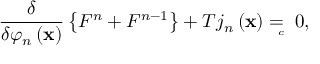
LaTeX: \frac \delta { \delta \varphi _ { n } \left( \mathbf { x } \right) } \left\{ F ^ { n } + F ^ { n - 1 } \right\} + T j _ { n } \left( \mathbf { x } \right) = { } _ { { } _ { \! \! \! \! \! \! \! c } } \; \, 0 ,